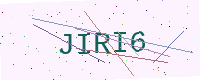
Text: JIRI6